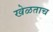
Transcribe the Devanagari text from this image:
खेळताच